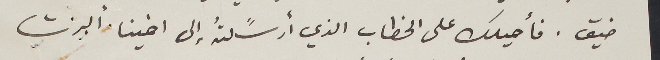
ضيق. فأحيلك على الخطاب الذي أرسًلتُه إلى اخينا ألبرت